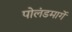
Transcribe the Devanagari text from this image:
पोलंडमार्गे